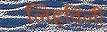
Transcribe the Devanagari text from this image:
लिहविली